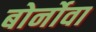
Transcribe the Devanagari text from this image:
बोर्नोवा